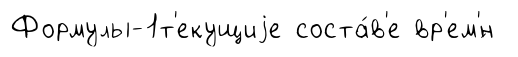
Формулы-1т'екущиjе соста́в'е вр'ем'́н